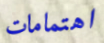
اهتمامات